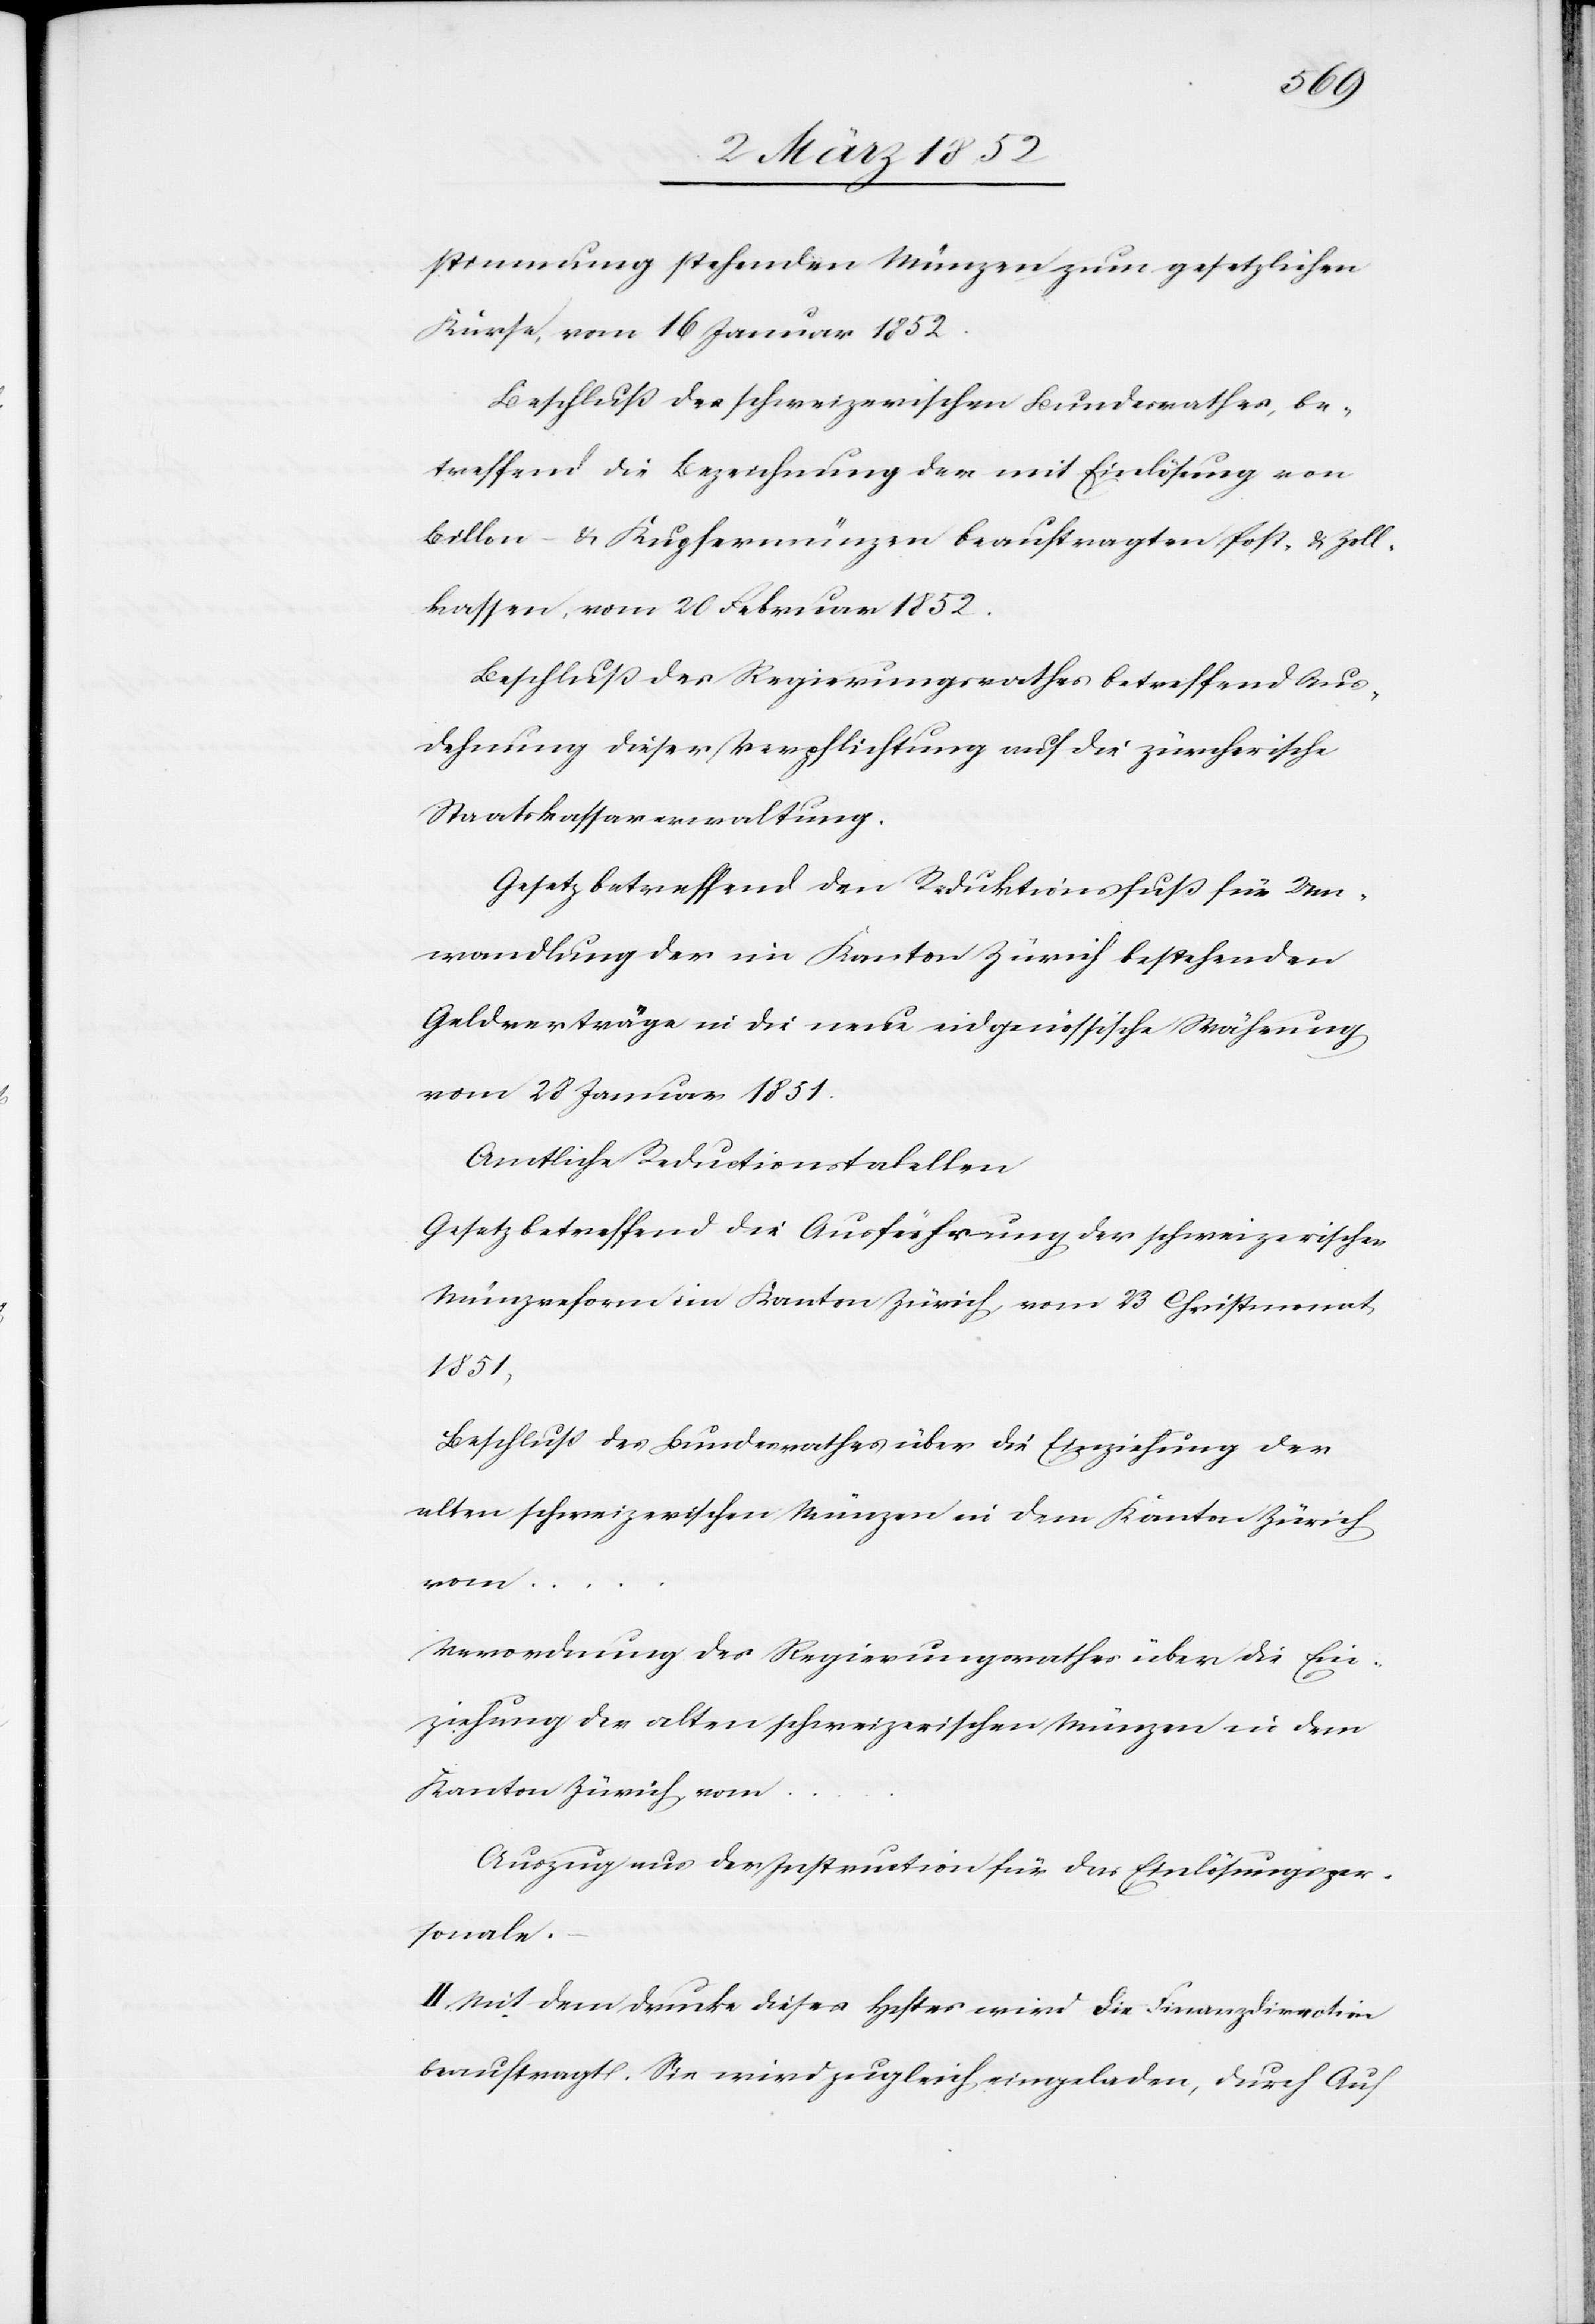
stimmung stehenden Münzen zum gesetzlichen
Kurse, vom 16 Januar 1852.
Beschluß des schweizerischen Bundesrathes, be¬
treffend die Bezeichnung der mit Einlösung von
Billon u. Kupfermünzen beauftragten Post- u. Zoll¬
kassen, vom 20 Februar 1852.
Beschluß des Regierungsrathes betreffend Aus¬
dehnung dieser Verpflichtung auf die zürcherische
Staatskassaverwaltung.
Gesetz betreffend den Reduktionsfuß für Um¬
wandlung der im Kanton Zürich bestehenden
Geldverträge in die neue eidgenössische Währung
vom 28 Januar 1851.
Amtliche Reductionstabellen.
Gesetz betreffend die Ausführung der schweizerischen
Münzreform im Kanton Zürich vom 23 Christmonat
vom ...
Beschluß des Bundesrathes über die Einziehung der
alten schweizerischen Münzen in dem Kanton Zürich
Verordnung des Regierungsrathes über die Ein¬
ziehung der alten schweizerischen Münzen in dem
Kanton Zürich, vom
Auszug aus der Instruction für das Einlösungsper¬
sonale.
II. Mit dem Drucke dieses Heftes wird die Finanzdirektion
beauftragt. Sie wird zugleich eingeladen, durch Auf-